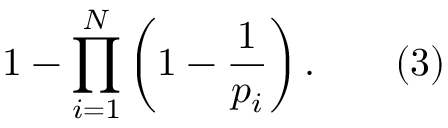
1 - \prod _ { i = 1 } ^ { N } \left( 1 - { \frac { 1 } { p _ { i } } } \right) . \qquad ( 3 )